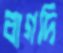
বাগদি